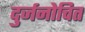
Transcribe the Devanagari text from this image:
दुर्जनोचित